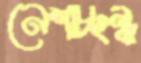
নেশাচ্ছন্ন